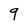
Character: 9